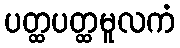
ပတ္ထပတ္ထမူလကံ